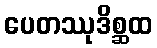
ပေတဿုဒိစ္ဆထ